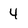
Character: 4